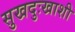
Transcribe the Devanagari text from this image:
सुखदुःखाशी